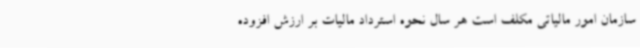
سازمان امور مالیاتی مکلف است هر سال نحوه استرداد مالیات بر ارزش افزوده